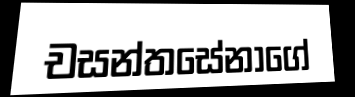
චසන්තසේනාගේ